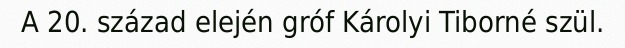
A 20. század elején gróf Károlyi Tiborné szül.